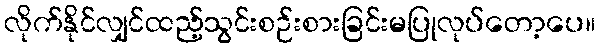
လိုက်နိုင်လျှင်ထည့်သွင်းစဉ်းစားခြင်းမပြုလုပ်တော့ပေ။